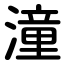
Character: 潼